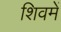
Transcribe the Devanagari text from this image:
शिवमें